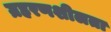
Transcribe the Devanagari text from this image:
ग्रहरणशीलता